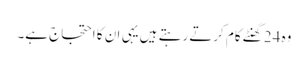
وہ 24 گھنٹے کام کرتے رہتے ہیں یہی ان کا احتجاج ہے۔